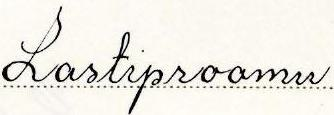
Lastiproomu